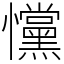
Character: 戃